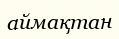
аймақтан